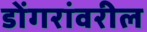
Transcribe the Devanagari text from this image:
डोंगरांवरील